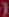
(